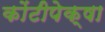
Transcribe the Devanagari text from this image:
कोंटीपेक्षा